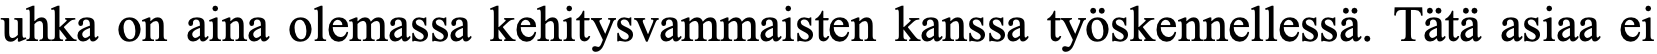
uhka on aina olemassa kehitysvammaisten kanssa työskennellessä. Tätä asiaa ei